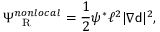
\Psi _ { \mathrm { ~ \tiny ~ R ~ } } ^ { n o n l o c a l } = \frac { 1 } { 2 } \psi ^ { * } \ell ^ { 2 } | \nabla { \mathsf { d } } | ^ { 2 } ,